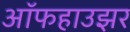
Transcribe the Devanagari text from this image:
ऑफहाउझर